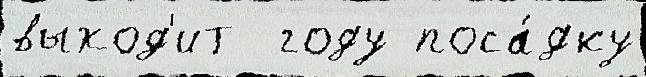
выход'ит  году поса́дку